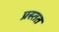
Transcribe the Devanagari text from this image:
प्रस्तत